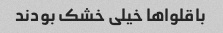
باقلواها خیلی خشک بودند